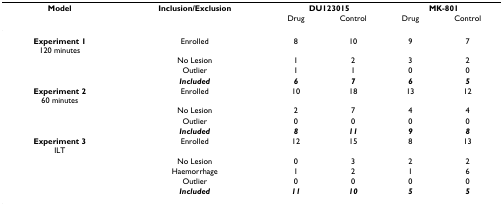
<table><thead><tr><td><b>Model</b></td><td><b>Inclusion/Exclusion</b></td><td colspan="2"><b>DU123015</b></td><td colspan="2"><b>MK-801</b></td></tr><tr><td></td><td></td><td><b>Drug</b></td><td><b>Control</b></td><td><b>Drug</b></td><td><b>Control</b></td></tr></thead><tbody><tr><td><b>Experiment 1</b>120 minutes</td><td>Enrolled</td><td>8</td><td>10</td><td>9</td><td>7</td></tr><tr><td></td><td>No Lesion</td><td>1</td><td>2</td><td>3</td><td>2</td></tr><tr><td></td><td>Outlier</td><td>1</td><td>1</td><td>0</td><td>0</td></tr><tr><td></td><td><b><i>Included</i></b></td><td><b><i>6</i></b></td><td><b><i>7</i></b></td><td><b><i>6</i></b></td><td><b><i>5</i></b></td></tr><tr><td><b>Experiment 2</b>60 minutes</td><td>Enrolled</td><td>10</td><td>18</td><td>13</td><td>12</td></tr><tr><td></td><td>No Lesion</td><td>2</td><td>7</td><td>4</td><td>4</td></tr><tr><td></td><td>Outlier</td><td>0</td><td>0</td><td>0</td><td>0</td></tr><tr><td></td><td><b><i>Included</i></b></td><td><b><i>8</i></b></td><td><b><i>11</i></b></td><td><b><i>9</i></b></td><td><b><i>8</i></b></td></tr><tr><td><b>Experiment 3</b>ILT</td><td>Enrolled</td><td>12</td><td>15</td><td>8</td><td>13</td></tr><tr><td></td><td>No Lesion</td><td>0</td><td>3</td><td>2</td><td>2</td></tr><tr><td></td><td>Haemorrhage</td><td>1</td><td>2</td><td>1</td><td>6</td></tr><tr><td></td><td>Outlier</td><td>0</td><td>0</td><td>0</td><td>0</td></tr><tr><td></td><td><b><i>Included</i></b></td><td><b><i>11</i></b></td><td><b><i>10</i></b></td><td><b><i>5</i></b></td><td><b><i>5</i></b></td></tr></tbody></table>